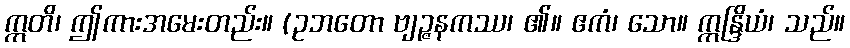
ဣတိ၊ ဤကားအမေးတည်း။ (ဥဘတော ဗျဉ္ဇနကဿ၊ ၏။ ဧကံ၊ သော။ ဣန္ဒြိယံ၊ သည်။